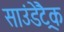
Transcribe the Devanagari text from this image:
साउंडेट्रैक